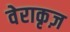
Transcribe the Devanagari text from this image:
वेराकृज़